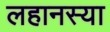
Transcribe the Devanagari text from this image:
लहानस्या